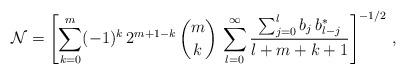
LaTeX: \begin{align*}\mathcal{N}=\left[ \sum_{k=0}^m (-1)^k\,2^{m+1-k}\,{m \choose k}\,\sum_{l=0}^\infty \frac{\sum_{j=0}^l b_j\,b_{l-j}^*}{l+m+k+1}\right]^{-1/2}\,, \end{align*}